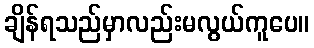
ချိန်ရသည်မှာလည်းမလွယ်ကူပေ။